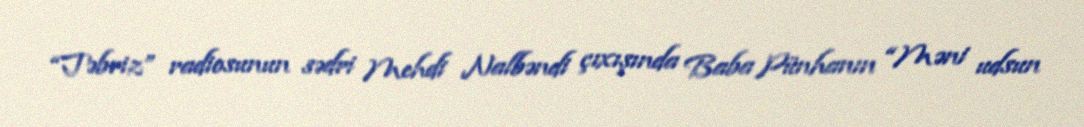
“Təbriz” radiosunun sədri Mehdi Nalbəndi çıxışında Baba Pünhanın “Məni udsun